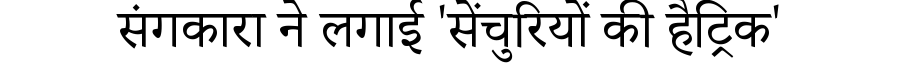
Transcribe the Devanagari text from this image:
संगकारा ने लगाई 'सेंचुरियों की हैट्रिक'